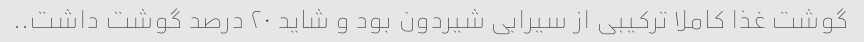
گوشت غذا کاملا ترکیبی از سیرابی شیردون بود و شاید ۲۰ درصد گوشت داشت..